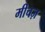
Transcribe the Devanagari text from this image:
मीचज़